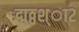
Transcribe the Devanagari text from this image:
द्मठ्ठश्ा२